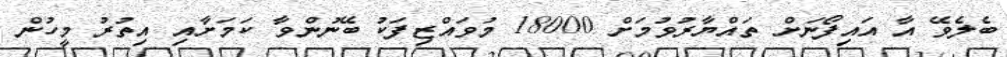
ބެލެވޭ އާ އައިފޯނަށް ތައްޔާރުވުމަށް 18000 މުވައްޒިފަކު ބޭނުންވާ ކަމަށާއި އިތުރު މީހުން